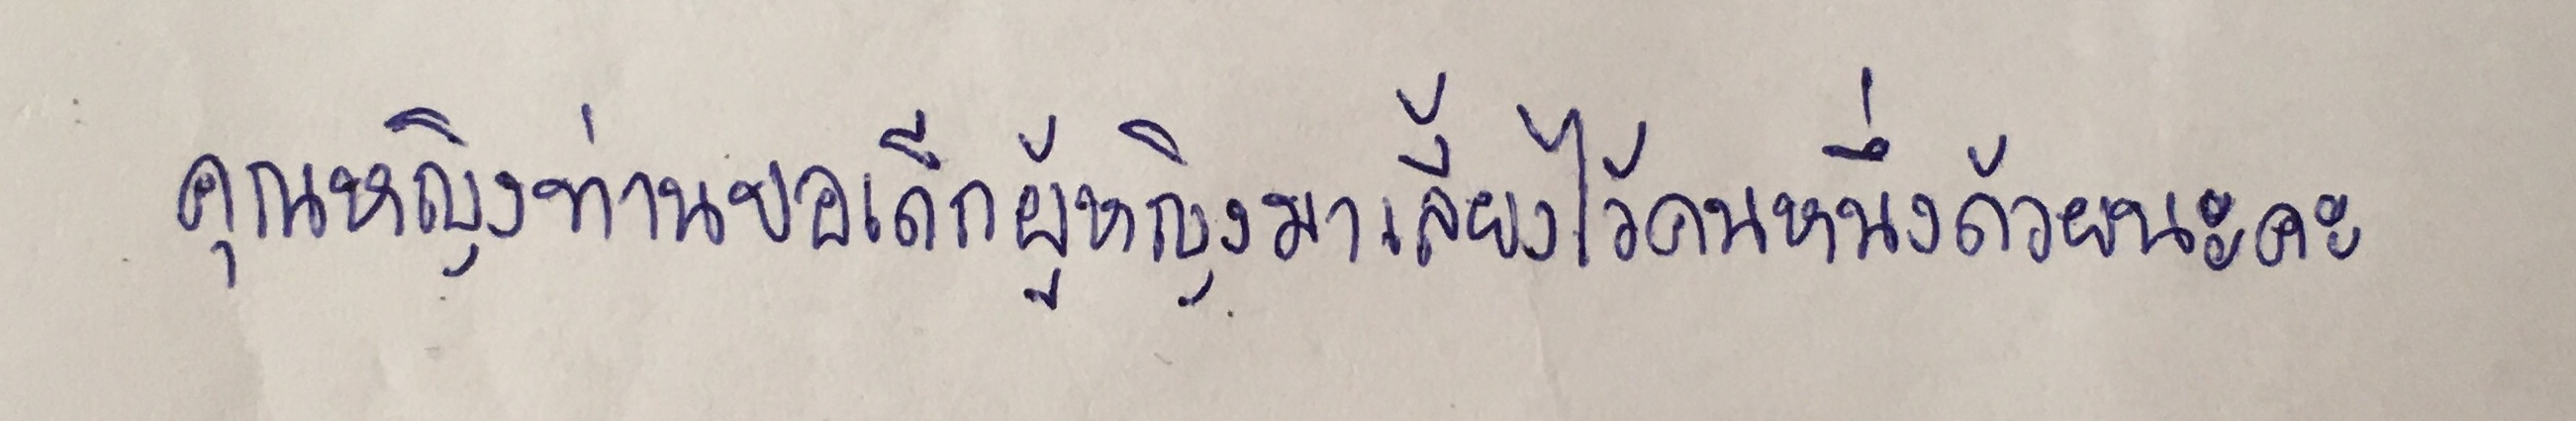
คุณหญิงท่านขอเด็กผู้หญิงมาเลี้ยงไว้คนหนึ่งด้วยนะคะ